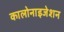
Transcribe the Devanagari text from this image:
कालोनाइजेशन